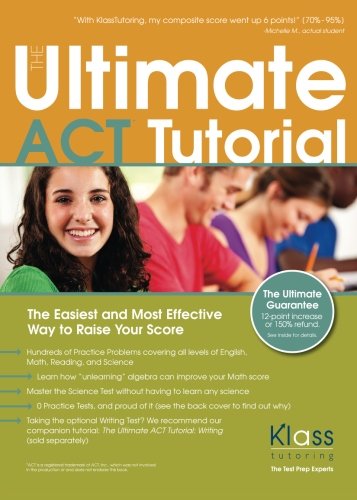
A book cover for The Ultimate ACT Tutorial: The Easiest and Most Effective Way to Raise Your Score; Erik Klass; Test Preparation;